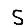
Digit: 5